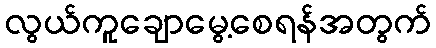
လွယ်ကူချောမွေ့စေရန်အတွက်